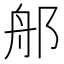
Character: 郍